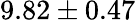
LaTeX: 9.82\pm 0.47